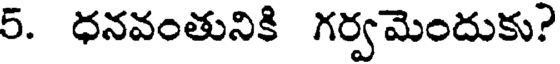
5. ధనవంతునికి గర్వమెందుకు?